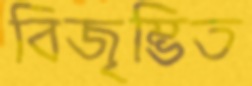
বিজৃম্ভিত